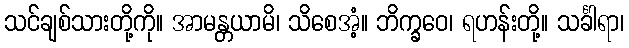
သင်ချစ်သားတို့ကို။ အာမန္တယာမိ၊ သိစေအံ့။ ဘိက္ခဝေ၊ ရဟန်းတို့။ သင်္ခါရာ၊